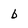
Character: b